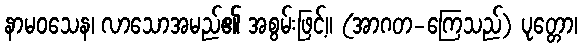
နာမဝသေန၊ လာသောအမည်၏ အစွမ်းဖြင့်။ (အာဂတ-ကြေသည်) ပုတ္တော၊